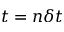
t = n \delta t